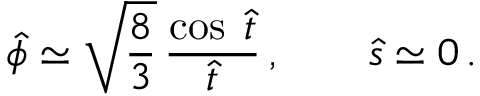
{ \hat { \phi } } \simeq \sqrt { \frac { 8 } { 3 } } \, \frac { \cos \; { \hat { t } } } { { \hat { t } } } \, , \qquad { \hat { s } } \simeq 0 \, .